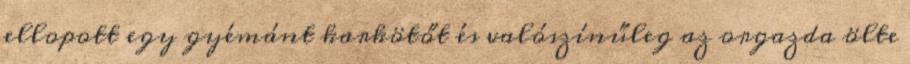
ellopott egy gyémánt karkötőt és valószínűleg az orgazda ölte